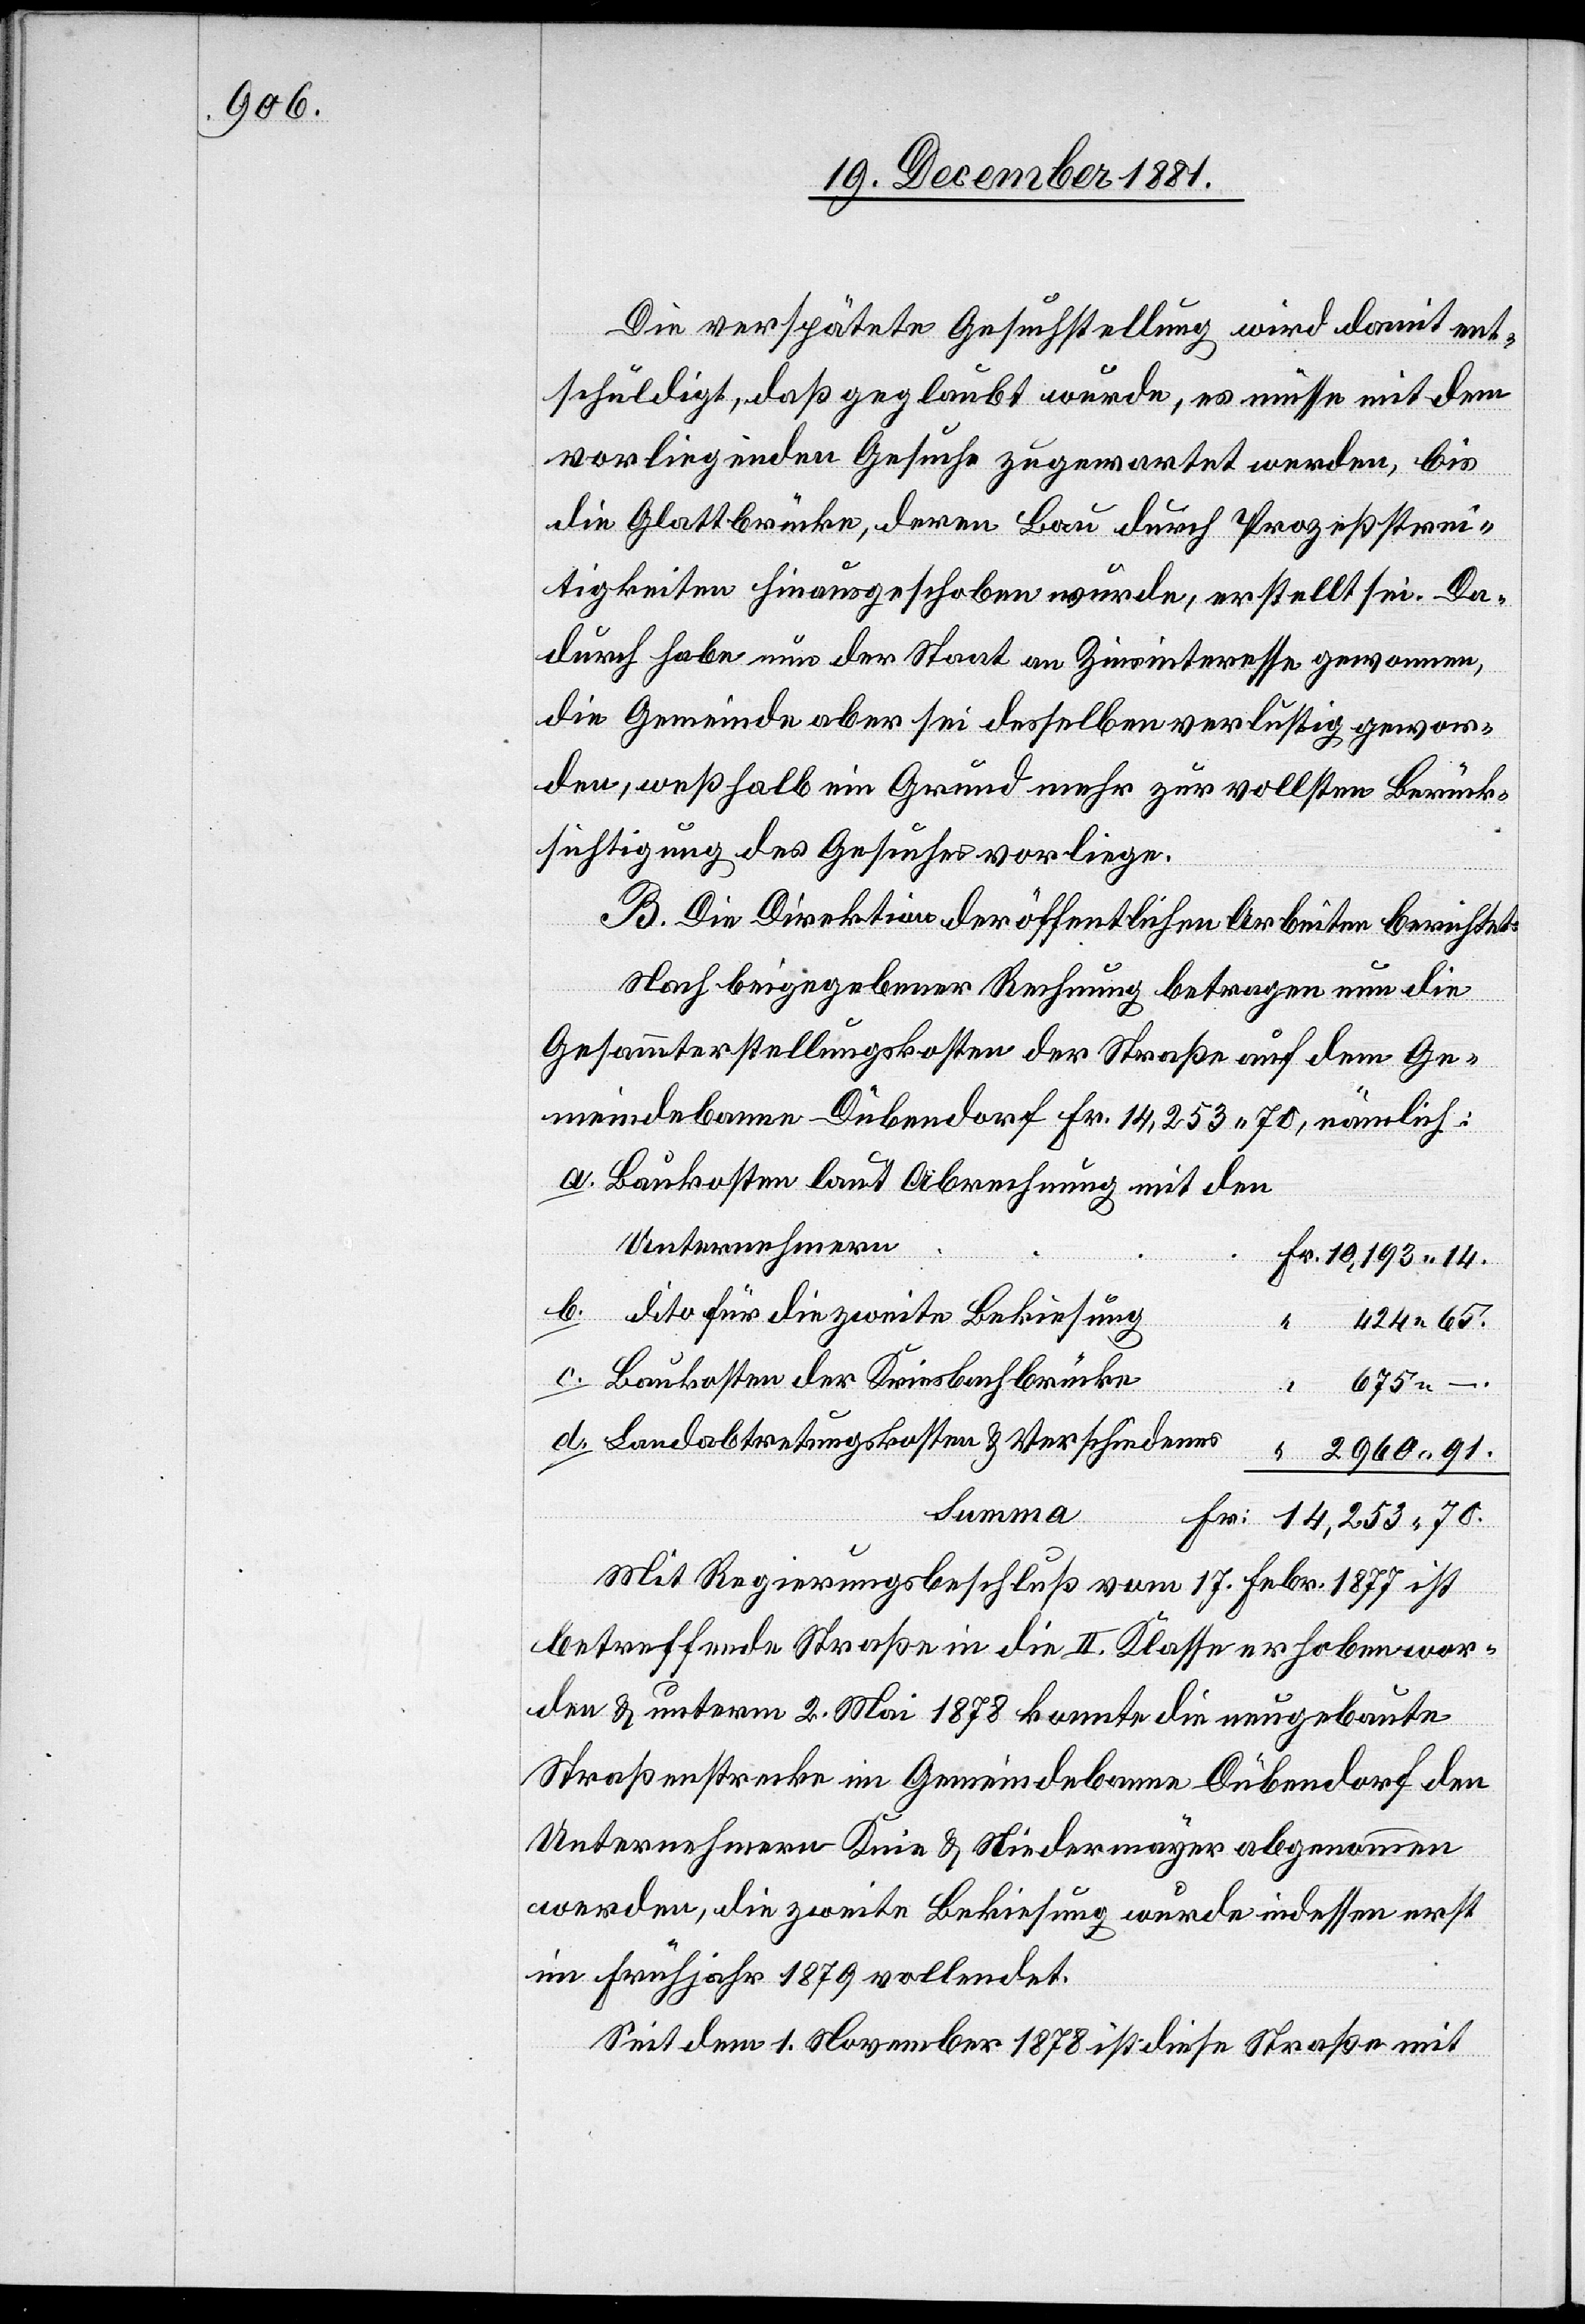
Die verspätete Gesuchstellung wird damit ent¬
schuldigt, daß geglaubt wurde, es müsse mit dem
vorliegenden Gesuche zugewartet werden, bis
die Glattbrücke, deren Bau durch Prozeßstrei¬
tigkeiten hinausgeschoben wurde, erstellt sei. Da¬
durch habe nun der Staat an Zinsinteresse gewonnen,
die Gemeinde aber sei desselben verlustig gewor¬
den, weßhalb ein Grund mehr zur vollsten Berück¬
sichtigung des Gesuches vorliege.
B. Die Direktion der öffentlichen Arbeiten berichtet:
Nach beigegebener Rechnung betragen nun die
Gesammterstellungskosten der Straße auf dem Ge¬
meindebanne Dübendorf Fr. 14,253.70, nämlich:
Baukosten laut Abrechnung mit den
Unternehmern
o für die zweite Bekiesung
424.
kosten
Baukosten der Kresibachbrücke
Mit Regierungsbeschluß vom 17. Febr. 1877 ist
betreffende Straße in die II. Klasse erhoben wor¬
den & unterm 2. Mai 1878 konnte die neugebaute
Straßenstrecke im Gemeindebanne Dübendorf den
Unternehmern Knie & Niedermayer abgewonnen
werden, die zweite Bekiesung wurde indessen erst
im Frühjahr 1879 vollendet.
Seit dem 1. November 1878 ist diese Straße mit